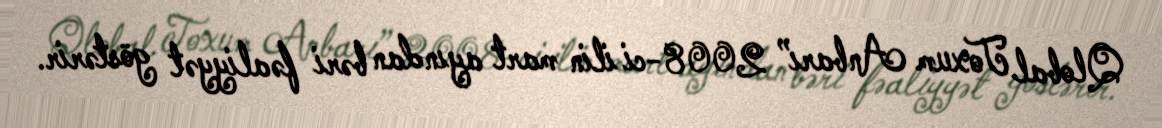
Qlobal Toxum Anbarı” 2008-ci ilin mart ayından bəri fəaliyyət göstərir.